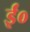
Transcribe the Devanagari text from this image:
ईं०